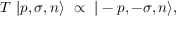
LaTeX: T \ | p , \sigma , n \rangle \ \propto \ | - p , - \sigma , n \rangle ,